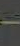
-